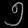
Digit: ၅